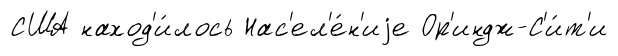
США наход'и́лось Нас'ел'е́н'иjе Ор'индж-С'и́т'и